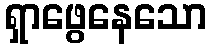
ရှာဖွေနေသော